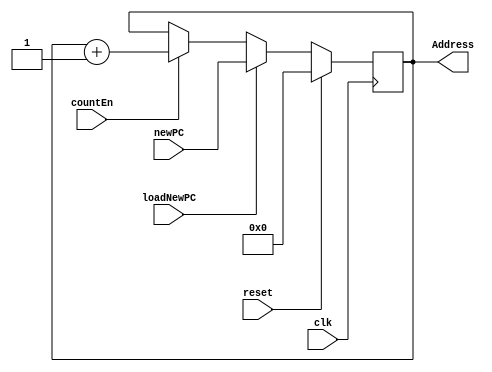
module Lab5_PC(
	input clk,
	input countEn,
	input reset,
	input loadNewPC,
	input [7:0] newPC,
	output reg [7:0] Address
);        
    always@(posedge clk)
    begin
        if(reset)
        begin
            Address <= 0;
        end
        
        else if(loadNewPC)
		begin
			Address <= newPC;
		end
        
        else if(countEn)
        begin
              Address <= Address + 1;
        end
    end
	
endmodule